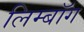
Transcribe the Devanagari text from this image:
लिम्बॉग